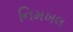
નિમખલ